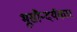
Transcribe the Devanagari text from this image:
भूसौन्दर्यकार